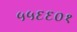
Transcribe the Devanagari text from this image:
५५६६०१